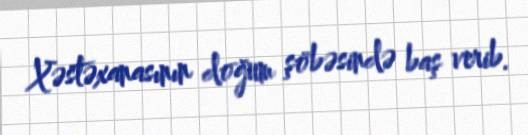
Xəstəxanasının doğum şöbəsində baş verib.